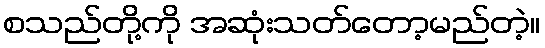
စသည်တို့ကို အဆုံးသတ်တော့မည်တဲ့။